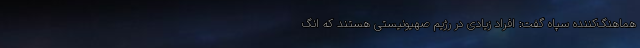
هماهنگ‌کننده سپاه گفت: افراد زیادی در رژیم صهیونیستی هستند که انگ